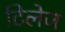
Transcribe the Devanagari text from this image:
टिलेज